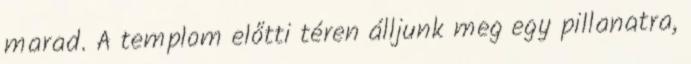
marad. A templom előtti téren álljunk meg egy pillanatra,